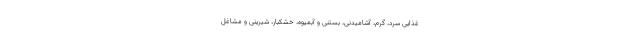
غذایی سرد، گرم، آشامیدنی، بستنی و آبمیوه، خشکبار، شیرینی و مشاغل